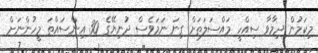
މިކަމުން ދިމާވާ ސިއްހީ މައްސަލަތަށް ގިނަ ނަމަވެސް ދުނިޔޭގެ 30 އިންސައްތަ މީހުންނަށް